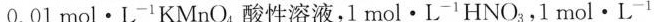
0.01mol·L^{-1} KMnO_{4}酸性溶液，l mol·L^{-1}HNO_{3}，1mol·L^{-1}